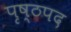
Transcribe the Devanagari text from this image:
पृष्ठपद